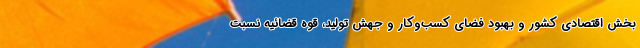
بخش اقتصادی کشور و بهبود فضای کسب‌وکار و جهش تولید، قوه قضائیه نسبت